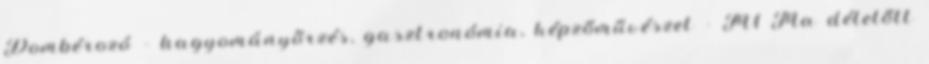
Dombérozó – hagyományőrzés, gasztronómia, képzőművészet - M1 Ma délelőtt